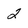
Character: 2